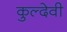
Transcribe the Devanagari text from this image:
कुल्देवी